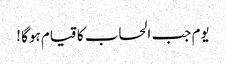
یوم جب الحساب کا قیام ہوگا !